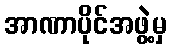
အာဏာပိုင်အဖွဲ့မှ